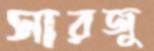
সারজু